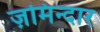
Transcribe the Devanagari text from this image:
ज़मिन्दार